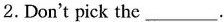
2.Don't pick the___.